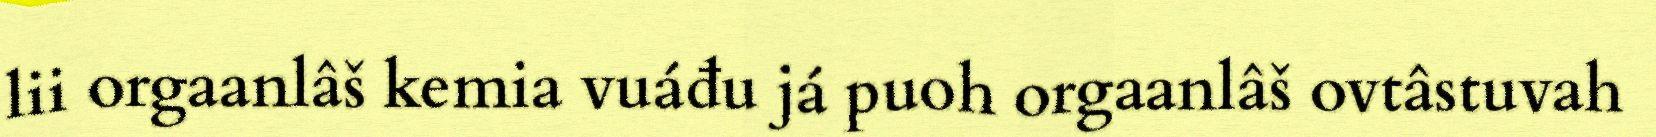
lii orgaanlâš kemia vuáđu já puoh orgaanlâš ovtâstuvah